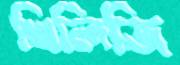
খিলিজি